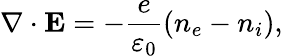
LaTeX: \nabla\cdot{\mathbf E}=-\frac{e}{\varepsilon_{0}}(n_{e}-n_{i}),